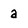
Character: a